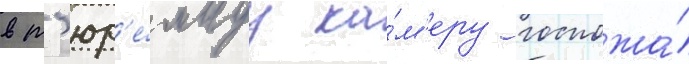
в т'юр'е́мнуу ка́м'еру госпожа́